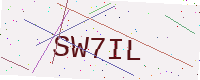
Text: SW7IL